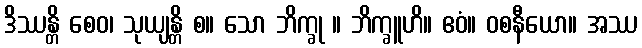
ဒိဿန္တိ စေဝ၊ သုယျန္တိ စ။ သော ဘိက္ခု ။ ဘိက္ခူဟိ။ ဧဝံ။ ဝစနီယော။ အဿ